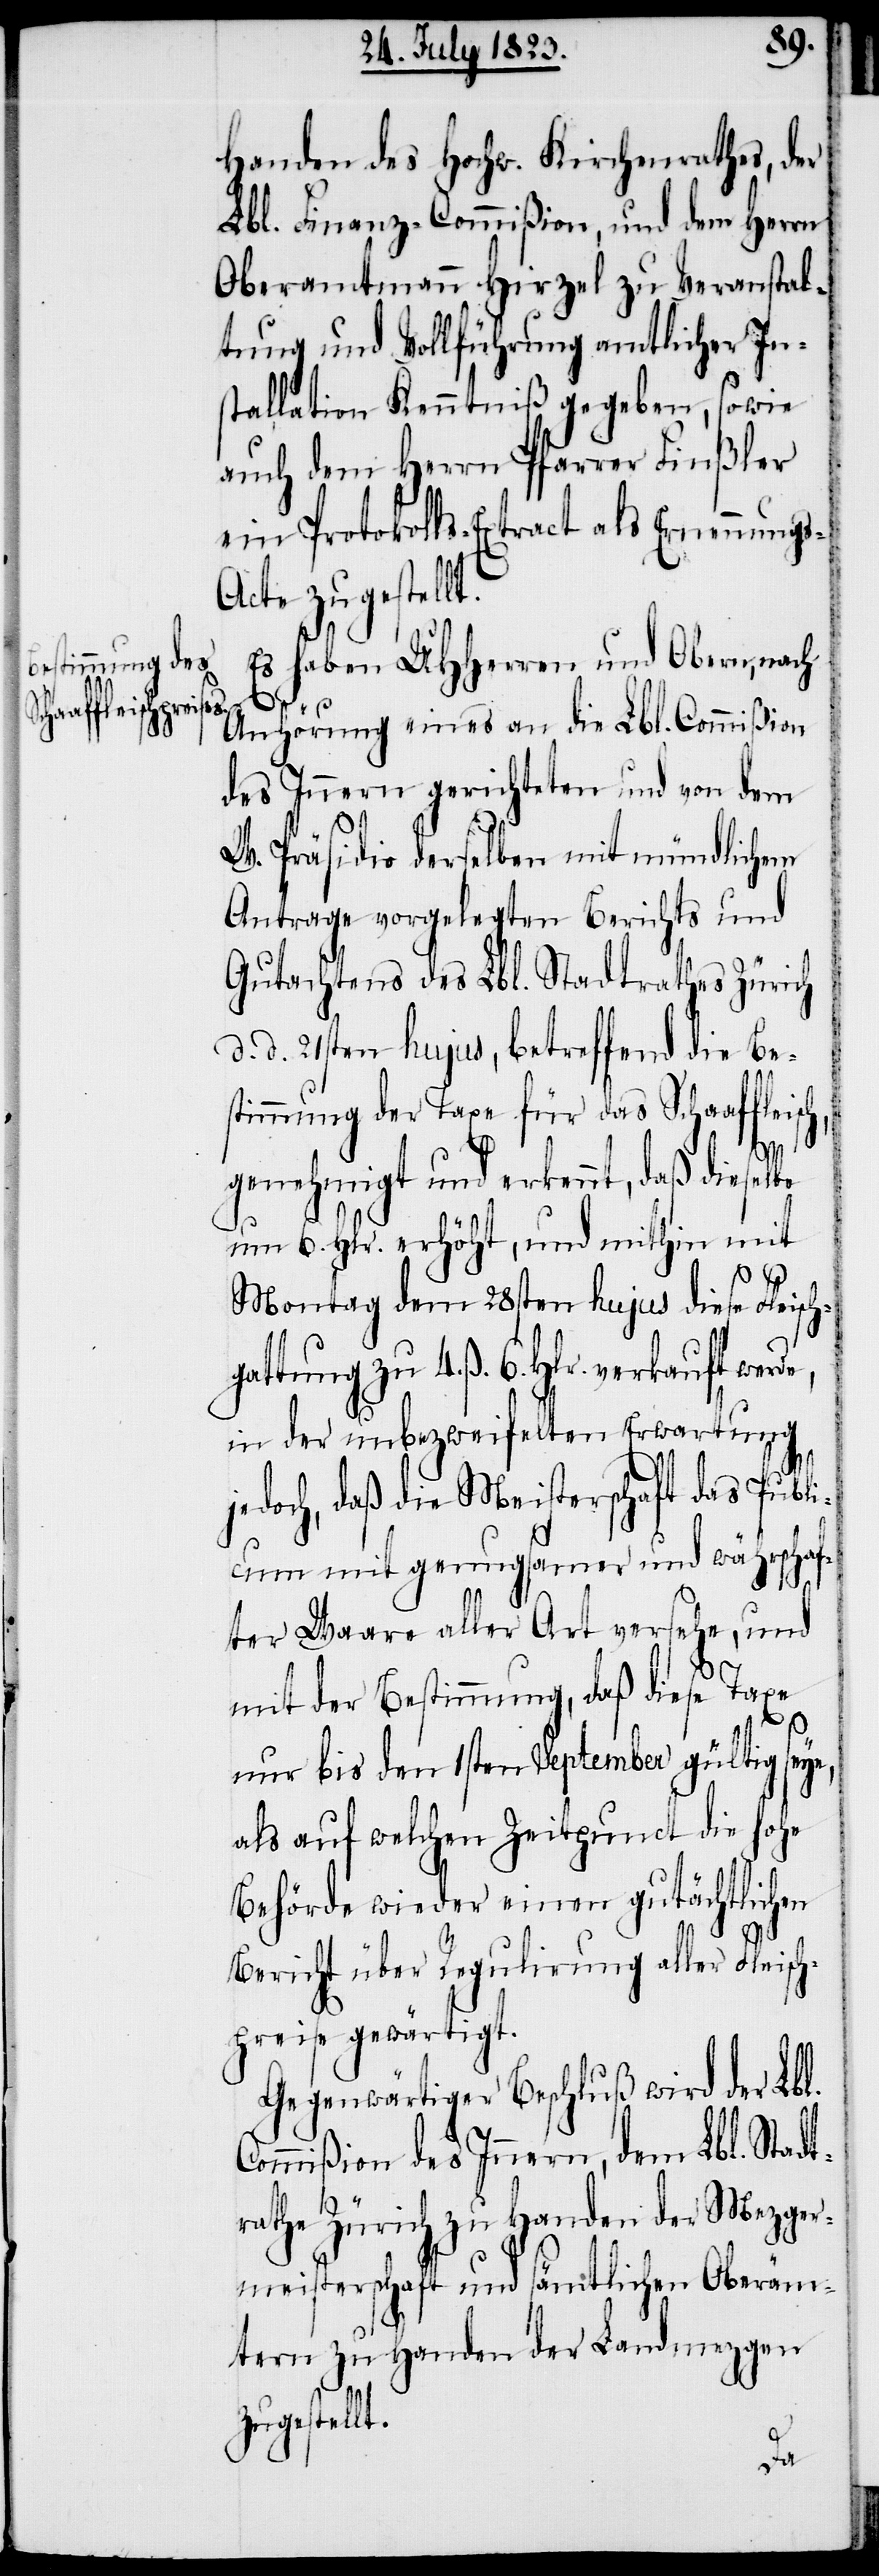
gattung zu

Handen des Hochw. Kirchenrathes, der
Lbl. Finanz-Commißion, und dem Herrn
Oberamtmann Hirzel zu Veranstal¬
tung und Vollführung amtlicher In¬
stallation Kenntniß gegeben, sowie
auch dem Herrn Pfarrer Finßler
ein Protokolls-Extract als Ernennungs-A¬
cte zugestellt.
d.
Es haben UHHerren und Obern, nach
6.
Anhörung eines an die Lbl. Commißion
des Innern gerichteten und von dem
W. Präsidio derselben mit mündlichem
Antrage vorgelegten Berichts und
Gutachtens des Lbl. Stadtrathes Zürich
d. 21sten hujus, betreffend die Be¬
stimmung der Taxe für das Schaaffleisc¬
h,
genehmigt und erkennt, daß dieselbe
um 6. Hlr. erhöht, und mithin mit
Montag dem 28sten hujus diese Fleisch¬
in der unbezweifelten Erwartung
jedoch, daß die Meisterschaft das Publi¬
cum mit genugsamer und währschaf¬
ter Waare aller Art versehe, und
mit der Bestimmung, daß diese Taxe
4.
ß.
nur bis den 1sten September gültig seye,
als auf welchen Zeitpunct die hohe
Behörde wieder einen gutächtlichen
Bericht über Regulirung aller Fleisch¬
preise gewärtigt.
Gegenwärtiger Beschluß wird der Lbl.
Commißion des Innern, dem Lbl. Stadt¬
rathe Zürich zu Handen der Mezger¬
meisterschaft und sämtlichen Oberäm¬
tern zu Handen der Landmezgen
zugestellt.